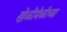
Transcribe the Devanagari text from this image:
खेळीमेळीच्या